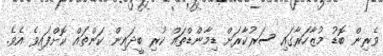
ވެރިން ބޮޑު މުޒާހަރާގައި ސަރުކާރަށް ޑިމާންޑްތައް ކުރި ބީދައިން ކަންތައް ކޮށްފައިވެ އެވެ.